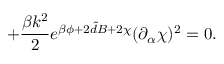
+ \frac { \beta k ^ { 2 } } { 2 } e ^ { \beta \phi + 2 { \tilde { d } } B + 2 \chi } ( \partial _ { \alpha } \chi ) ^ { 2 } = 0 .